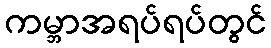
ကမ္ဘာအရပ်ရပ်တွင်